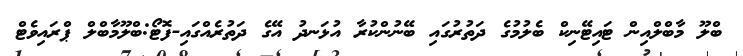
ބްލޫ މާބްލްއިން ޓައިޓޭނިކް ބެލުމުގެ ދަތުރުގައި ބޭނުންކުރާ އުޅަނދު އޭގެ ދަތުރެއްގައި-ފޮޓޯ:ބްލޫމާބްލް ޕްރައިވެޓް